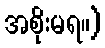
အစိုးမရ။)